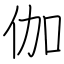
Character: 伽